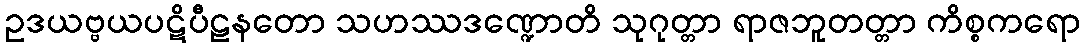
ဥဒယဗ္ဗယပဋိပီဠနတော သဟဿဒဏ္ဍောတိ သုဂုတ္တာ ရာဇဘူတတ္တာ ကိစ္စကရော